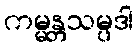
ကမ္မန္တသမ္ပဒါ